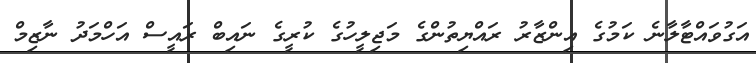
އަގުވައްޓާލާނެ ކަމުގެ އިންޒާރު ރައްޔިތުންގެ މަޖިލީހުގެ ކުރީގެ ނައިބް ރައީސް އަހްމަދު ނާޒިމް